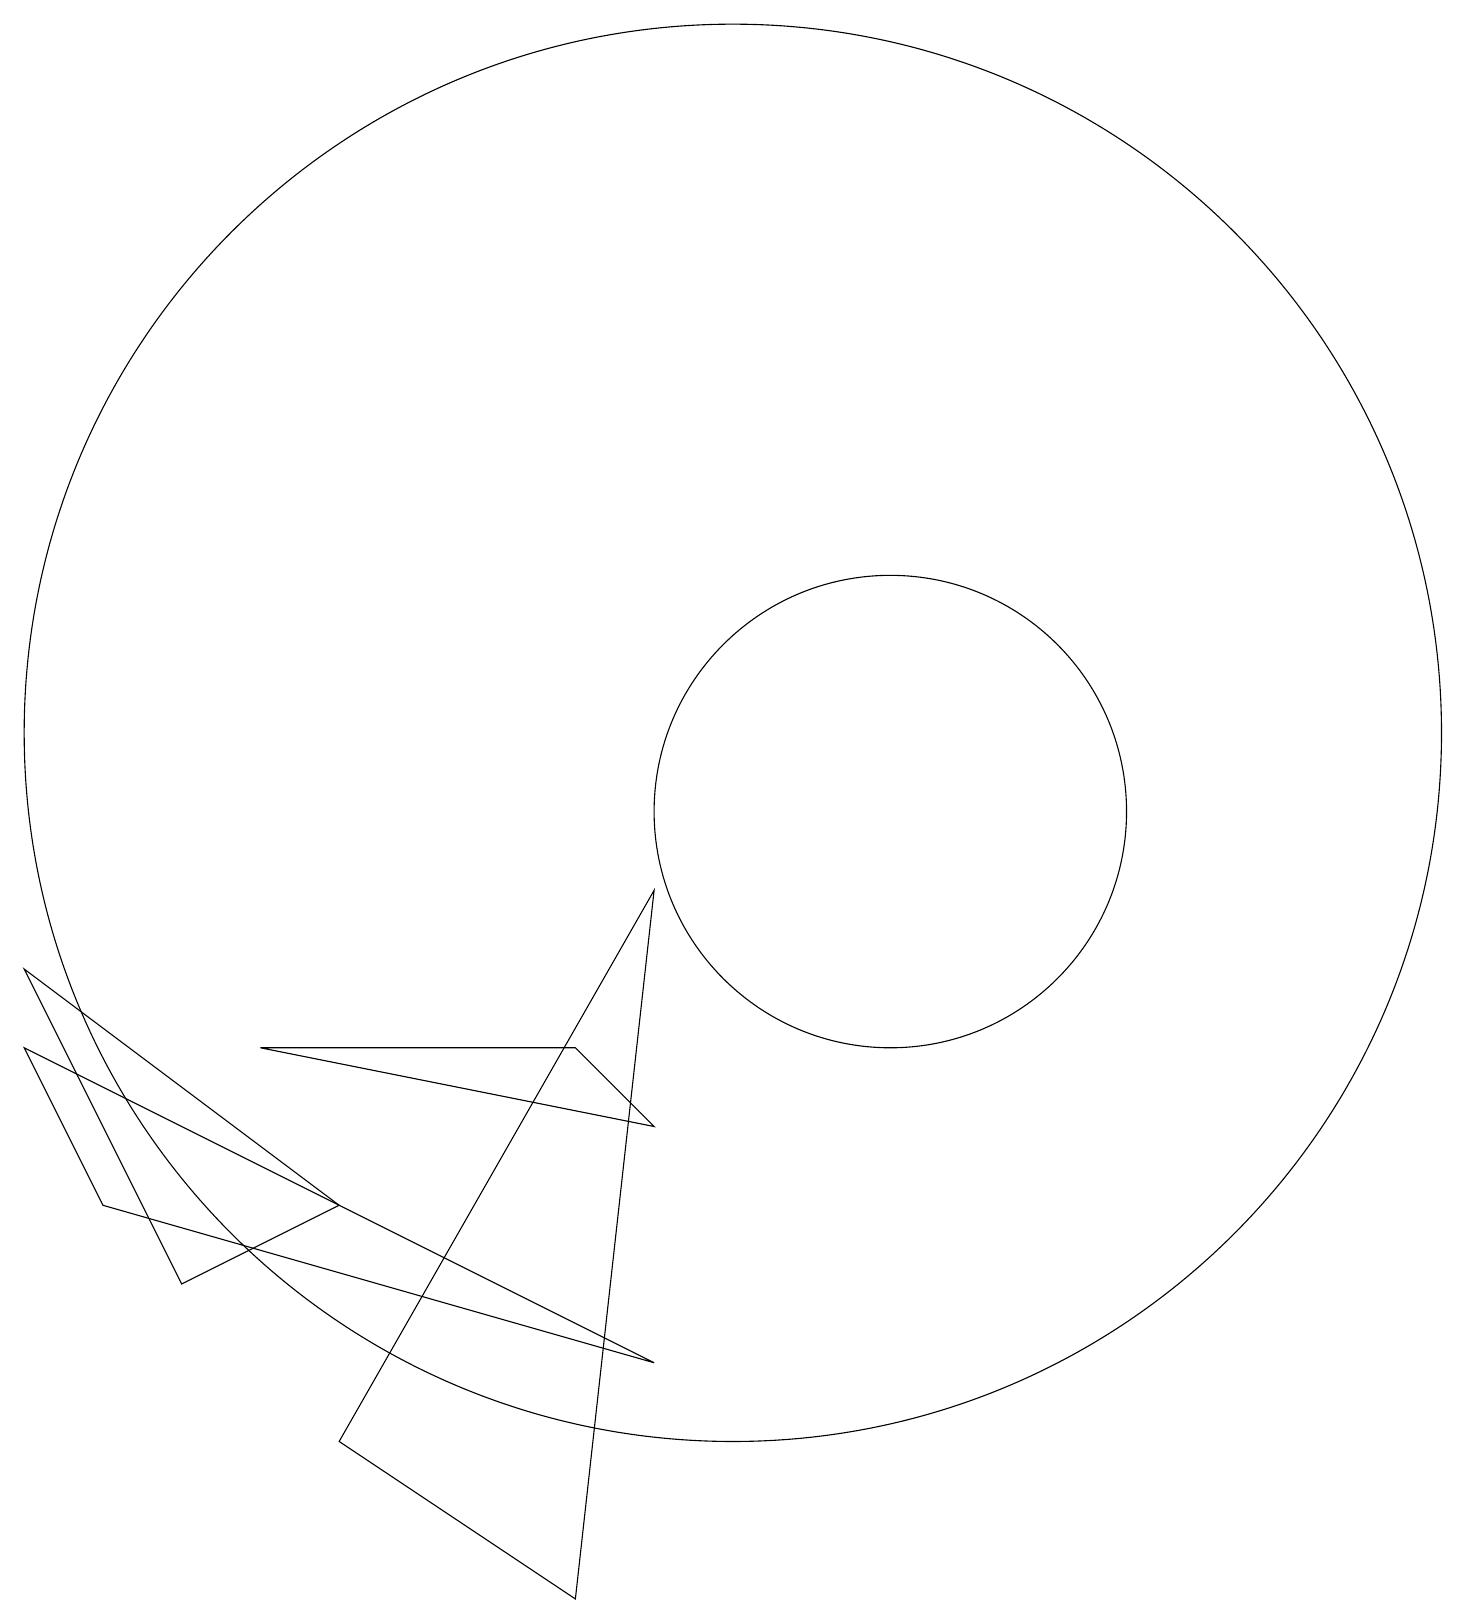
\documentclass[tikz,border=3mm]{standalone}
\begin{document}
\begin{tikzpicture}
\draw (12,10) circle (3);
\draw (1,7) -- (2,5) -- (9,3) -- cycle;
\draw (5,5) -- (3,4) -- (1,8) -- cycle;
\draw (5,2) -- (9,9) -- (8,0) -- cycle;
\draw (10,11) circle (9);
\draw (9,6) -- (8,7) -- (4,7) -- cycle;
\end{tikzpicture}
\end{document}